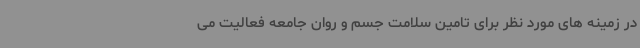
در زمینه های مورد نظر برای تامین سلامت جسم و روان جامعه فعالیت می